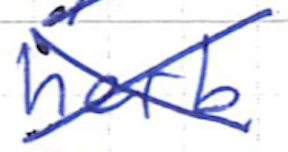
Text: herb
Cross-out: mix
Writing tool: ballpoint